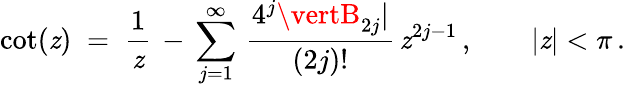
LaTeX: \cot(\mathit{z})\; =\; \frac{{1}}{{\mathit{z}}}\, -\, \sum_{j=1}^{\infty}\, \frac{{4^{j}\vertB_{2j}\vert}}{{(2j)!}}\, \mathit{z}^{2j-1}\, ,\qquad\vert\mathit{z}\vert<\pi\, .